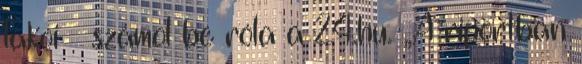
lakói – számol be róla a 24.hu. „A riportban